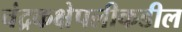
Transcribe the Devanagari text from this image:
चंद्रकक्षेपलीकडील